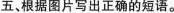
五、根据图片写出正确的短语。